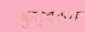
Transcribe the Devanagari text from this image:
कुत्बशाह